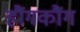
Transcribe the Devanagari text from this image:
हौंगकौंग